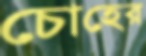
চোহের